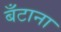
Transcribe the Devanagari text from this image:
बँटाना